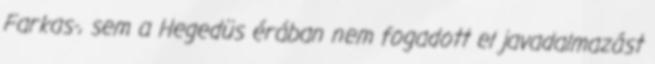
Farkas-, sem a Hegedüs érában nem fogadott el javadalmazást